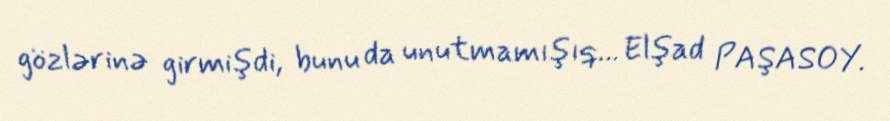
gözlərinə girmişdi, bunu da unutmamışıq... Elşad PAŞASOY.